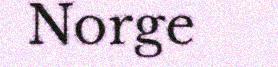
Norge